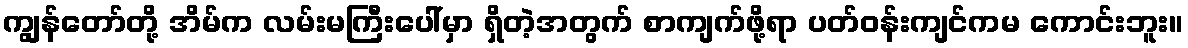
ကျွန်တော်တို့ အိမ်က လမ်းမကြီးပေါ်မှာ ရှိတဲ့အတွက် စာကျက်ဖို့ရာ ပတ်ဝန်းကျင်ကမ ကောင်းဘူး။